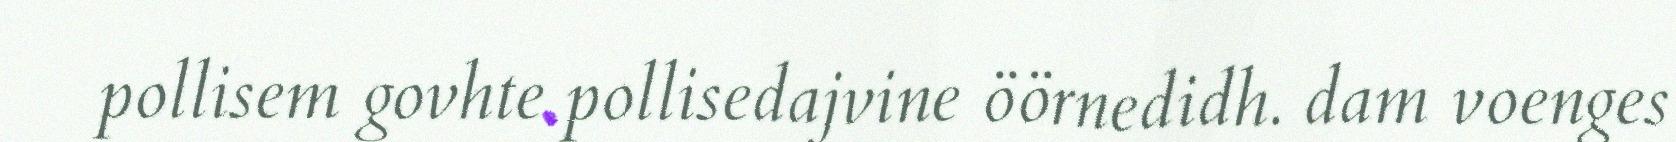
pollisem govhte pollisedajvine öörnedidh. dam voenges